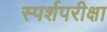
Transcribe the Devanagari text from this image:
स्पर्शपरीक्षा